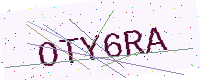
Text: OTY6RA